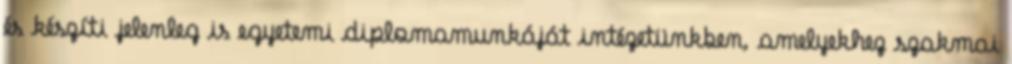
és készíti jelenleg is egyetemi diplomamunkáját intézetünkben, amelyekhez szakmai